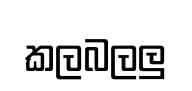
කලබලලු